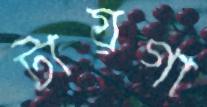
টায়গা